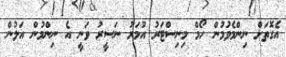
އެގޮތަށް ނިންމެވުމުން ހޯމް މިނިސްޓަރު އުމަރު ނަސީރު ވަނީ އެ ނިންމުން އަލުން